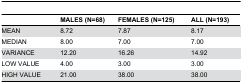
|  | MALES (N=68) | FEMALES (N=125) | ALL (N=193) |
 | --- | --- | --- | --- |
 | MEAN | 8.72 | 7.87 | 8.17 |
 | MEDIAN | 8.00 | 7.00 | 7.00 |
 | VARIANCE | 12.20 | 16.26 | 14.92 |
 | LOW VALUE | 4.00 | 3.00 | 3.00 |
 | HIGH VALUE | 21.00 | 38.00 | 38.00 |